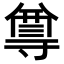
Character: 𭔿